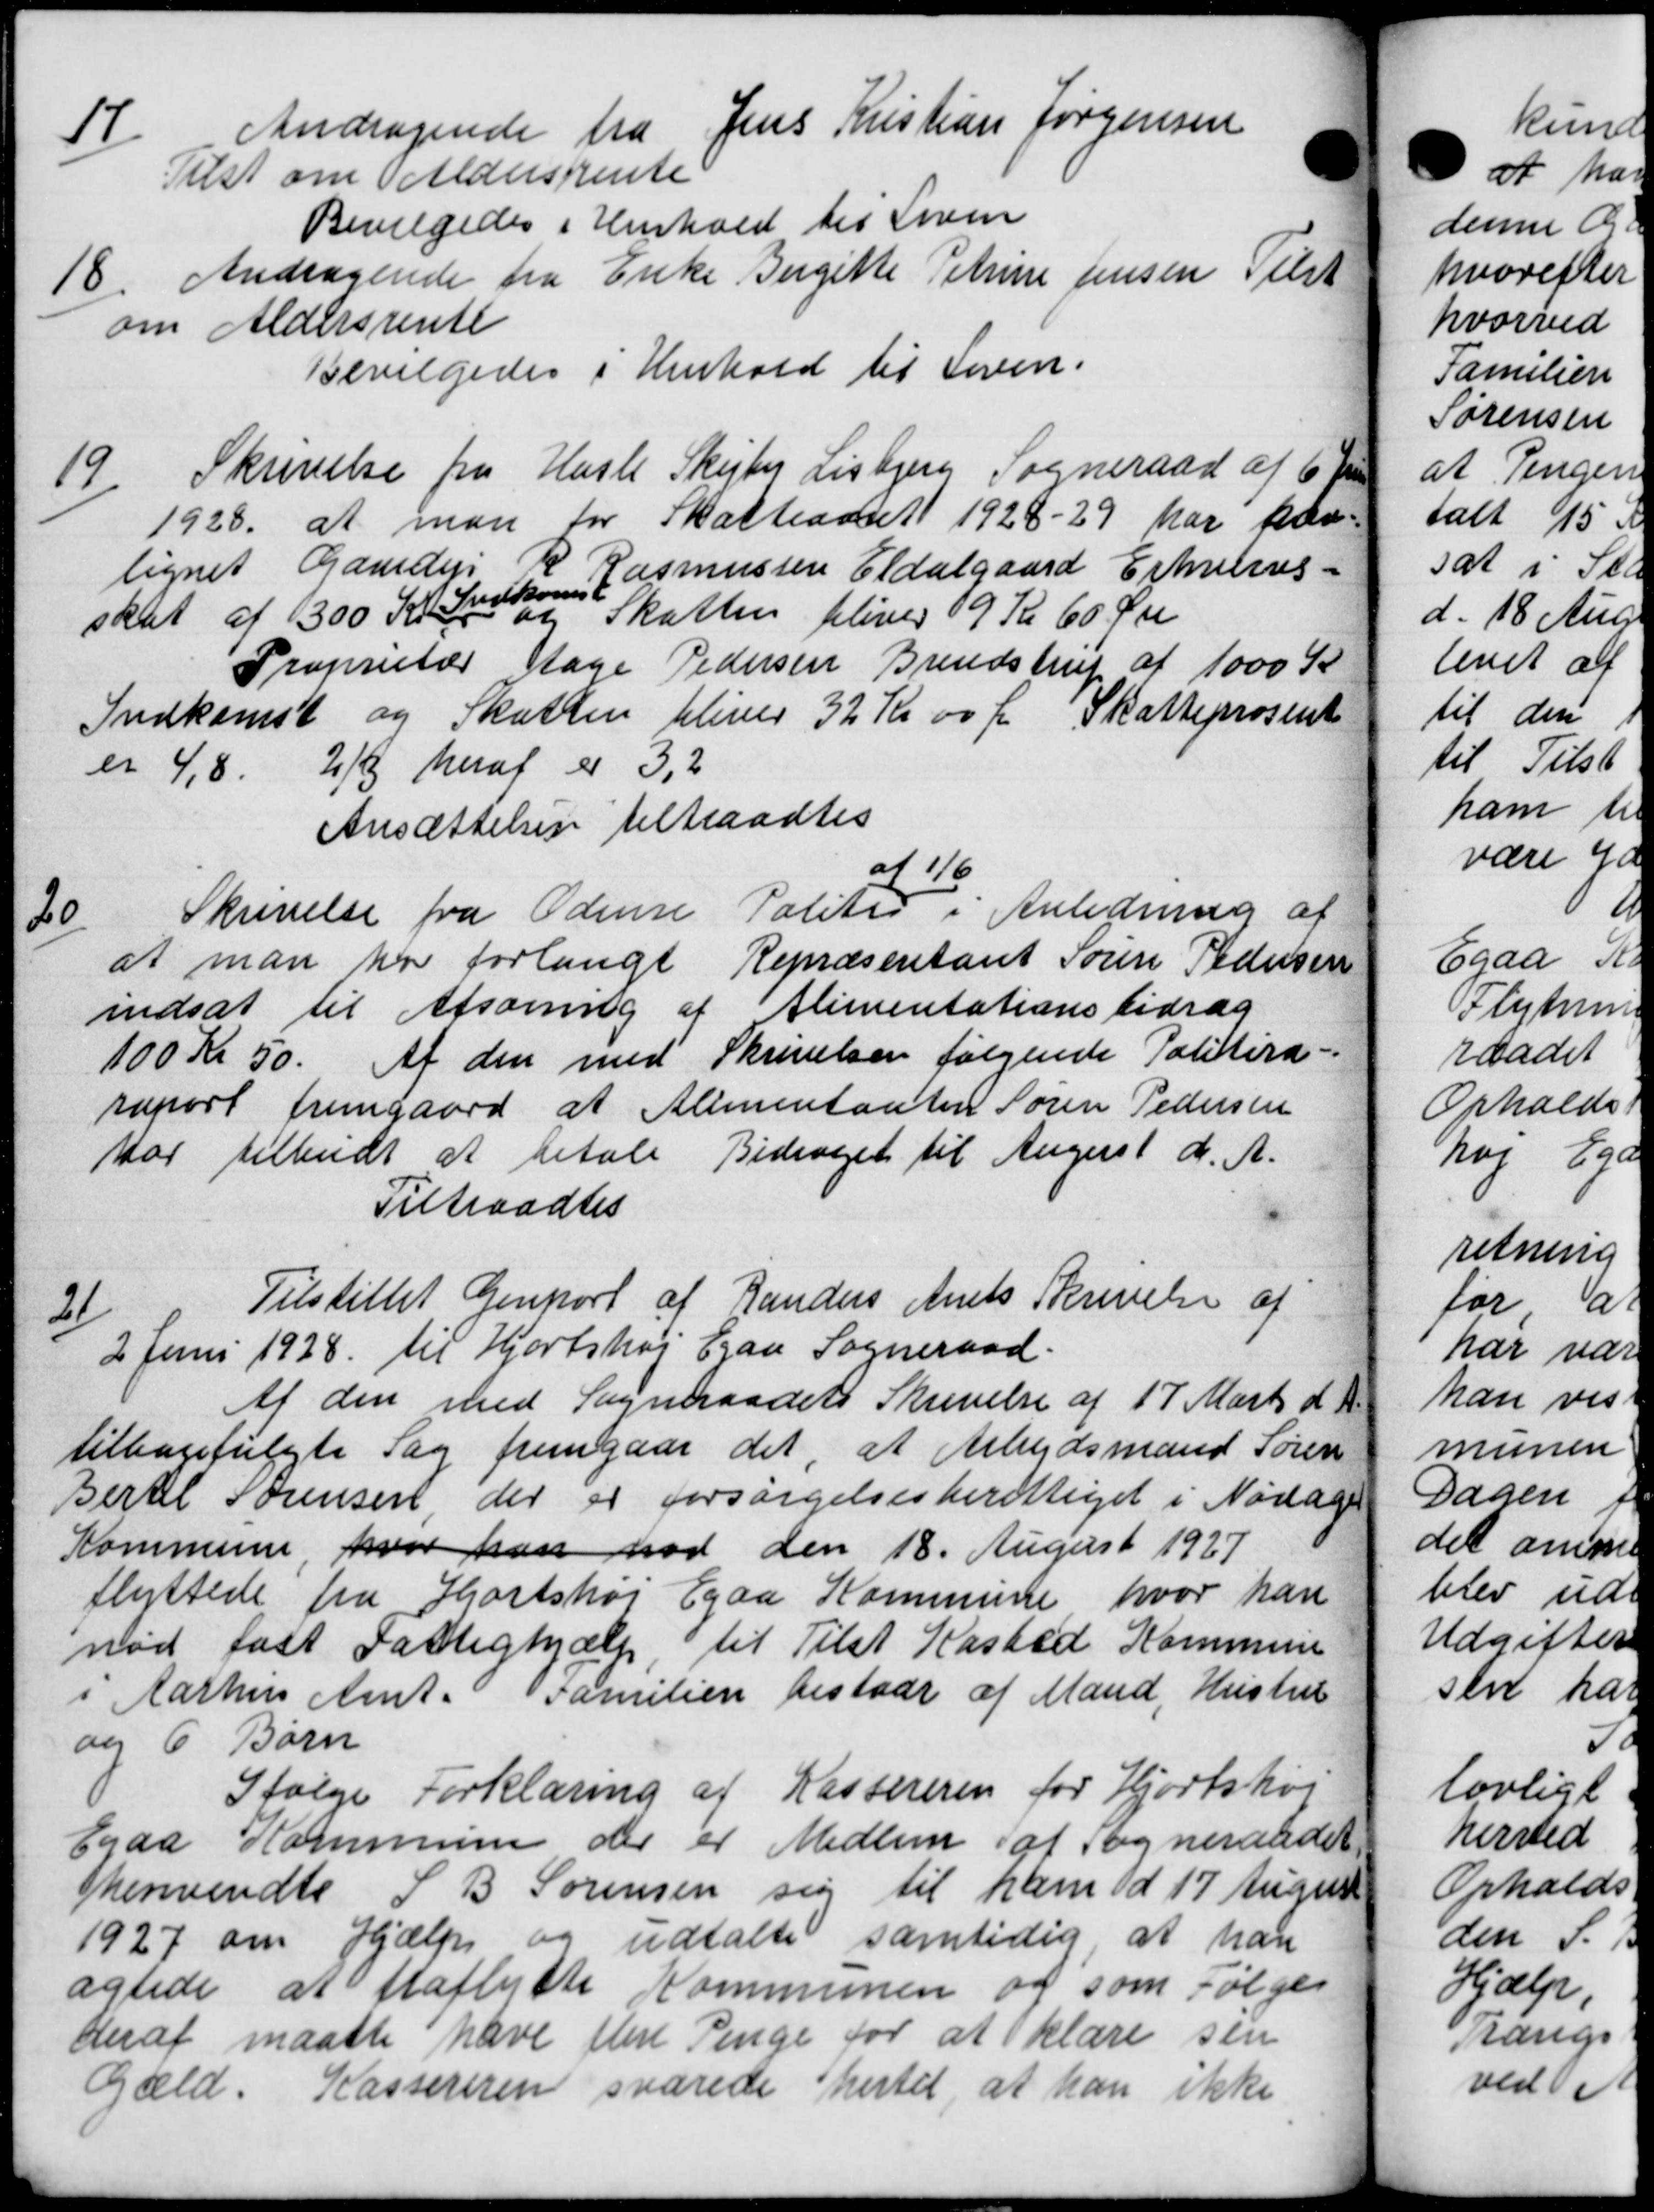
Transskription:
17
Andragende fra Jens Kristian Jørgensen
Tilst om Aldersrente
Bevilgedes i Henhold til Loven
18.
Andragende fra Enke Bergette Petrine Jensen Tilst
om Aldersrente
Bevilgedes i Henhold til Loven.
19/
Skrivelse fra Hasle Skejby Lisbjerg Sogneraad af 6 Øre
1928. at man for Skatteaaret 1928-29 har hav-
lignet Gardens
R Rasmussen Eldalgaard Erhvelivs-
skat af 300 Kr
akon
og Skatten bliver 9 Kr 60 Øre
Proprietær Aage Pedersen Brendstrup af 1000 K
Indkomst og Skatten bliver 32 Kr 00 Ør Skatteprosent
er 4,8. 2/8 heraf er 3,2
Ansættelsen tiltraadtes
20
Skrivelse fra Odense Politis
af 1/6
i Anledning af
at man har forlangt Repræsentant Søren Pedersen
indsat til Afsoning af Alimentationsbidrag
100 Kr 50. Af den med Skrivelser følgende Politira=
raport fremgaard at Alimentanten Søren Pedersen
har tilbudt at betale Bidraget til August d. A.
Tiltraadtes
21
Tilstillet Genport af Randers Amts Skrivelse af
2 Juni 1928 til Hjortshøj Egaa Sogneraad.
Af den med Sogneraadets Skrivelse af 17 Marts d. 18
tilbagefulgte Sag fremgaar det, at Arbejdsmand Søren
Bertel Sørensen der er forsørgelsesberettiget i Nødage
Kommune, hvor han mod den 18. August 1927
flyttede fra Hjortshøj Egaa Kommune hvor han
nod fast Fattighjælp til Tilst Kasted Kommune
i Aarhus Amt. Familien bestaar af Mand, Hustru
og 6 Børn
Ifølge Forklaring af Kassereren for Hjortshøj
Egaa Kommune der er Medlem af Sogneraadet
henvendte S B Sørensen sig til ham ad 17 August
1927 om Hjælp og udtalte samtidig at han
ægtede at fraflytte Kommunen og som Følges
deraf maatte have flere Penge for at klære sen
Gæld. Kassereren svarede hertil, at han ikke